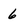
Character: 6